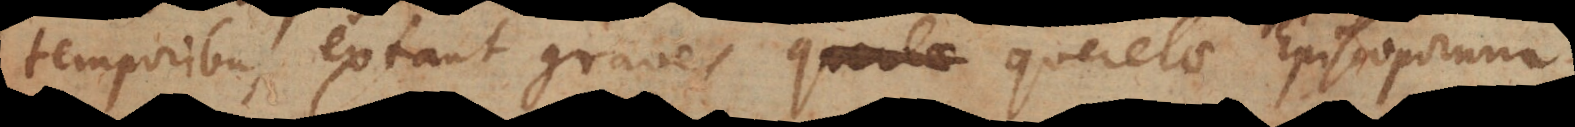
temporibus extant graves querelae Episcoporum